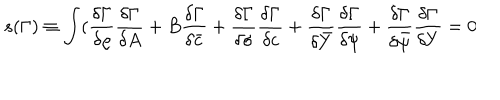
LaTeX: s ( \Gamma ) \equiv \int ( \frac { \delta \Gamma } { \delta \varrho } \frac { \delta \Gamma } { \delta A } + B \frac { \delta \Gamma } { \delta \bar { c } } + \frac { \delta \Gamma } { \delta \sigma } \frac { \delta \Gamma } { \delta c } + \frac { \delta \Gamma } { \delta \bar { Y } } \frac { \delta \Gamma } { \delta \psi } + \frac { \delta \Gamma } { \delta \bar { \psi } } \frac { \delta \Gamma } { \delta Y } = 0